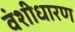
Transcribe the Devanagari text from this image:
वंशीधारण